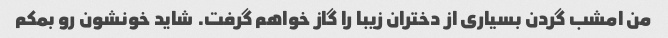
من امشب گردن بسیاری از دختران زیبا را گاز خواهم گرفت. شاید خونشون رو بمکم